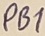
Text: PB1